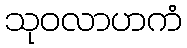
သုဝလာဟကံ